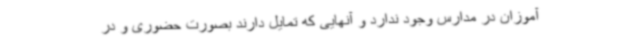
آموزان در مدارس وجود ندارد و آنهایی که تمایل دارند بصورت حضوری و در